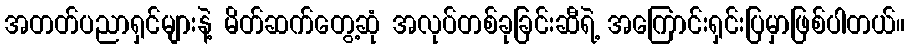
အတတ်ပညာရှင်များနဲ့ မိတ်ဆက်တွေ့ဆုံ အလုပ်တစ်ခုခြင်းဆီရဲ့ အကြောင်းရှင်းပြမှာဖြစ်ပါတယ်။